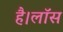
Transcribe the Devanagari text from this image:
है।लॉस